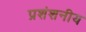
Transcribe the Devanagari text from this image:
प्रशंशनीय